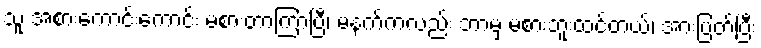
သူ အစားကောင်းကောင်း မစားတာကြာပြီ၊ မနက်ကလည်း ဘာမှ မစားဘူးထင်တယ်၊ အားပြတ်ပြီး